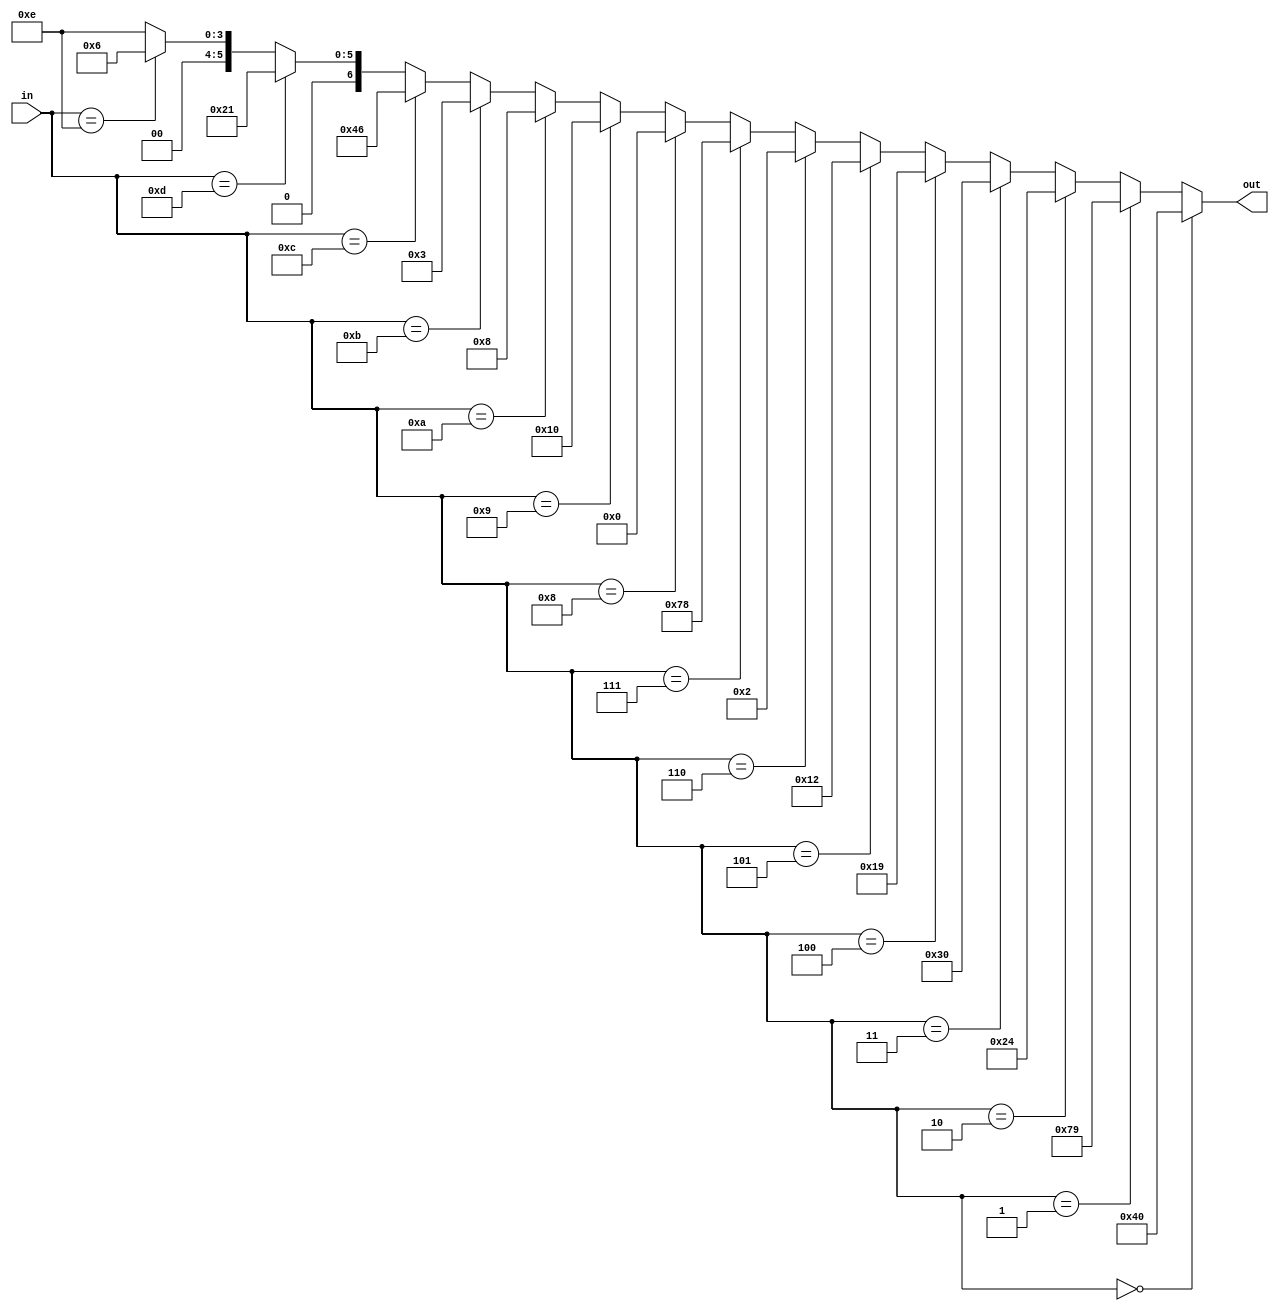
// file hexdecoder.v
module hexdecoder(in,out);

	input wire [3:0] in;
	output reg [6:0] out;
	
	always @* begin
		if(in == 4'h0) begin
			out = 7'b1000000;
			
		end else if(in == 4'h1) begin
			out = 7'b1111001;
			
		end else if(in == 4'h2) begin
			out = 7'b0100100; 
		
		end else if(in == 4'h3) begin
			out = 7'b0110000;
		
		end else if(in == 4'h4) begin
			out = 7'b0011001;
		
		end else if(in == 4'h5) begin
			out = 7'b0010010;
		
		end else if(in == 4'h6) begin
			out = 7'b0000010;
		
		end else if(in == 4'h7) begin
			out = 7'b1111000;
		
		end else if(in == 4'h8) begin
			out = 7'b0000000;
		
		end else if(in == 4'h9) begin
			out = 7'b0010000;
		
		end else if(in == 4'hA) begin
			out = 7'b0001000;
		
		end else if(in == 4'hB) begin
			out = 7'b0000011;
		
		end else if(in == 4'hC) begin
			out = 7'b1000110;
		
		end else if(in == 4'hD) begin
			out = 7'b0100001;
		
		end else if(in == 4'hE) begin
			out = 7'b0000110;
		
		end else begin // in == 4'hF
			out = 7'b0001110;
		
		end
	end
	
endmodule